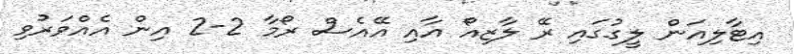
އިޓާލިއަން ލީގުގައި ރޭ ލާޒިއޯ އާއި އޭއެސް ރޯމާ 2-2 އިން އެއްވަރުވި